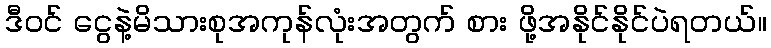
ဒီဝင် ငွေနဲ့မိသားစုအကုန်လုံးအတွက် စား ဖို့အနိုင်နိုင်ပဲရတယ်။